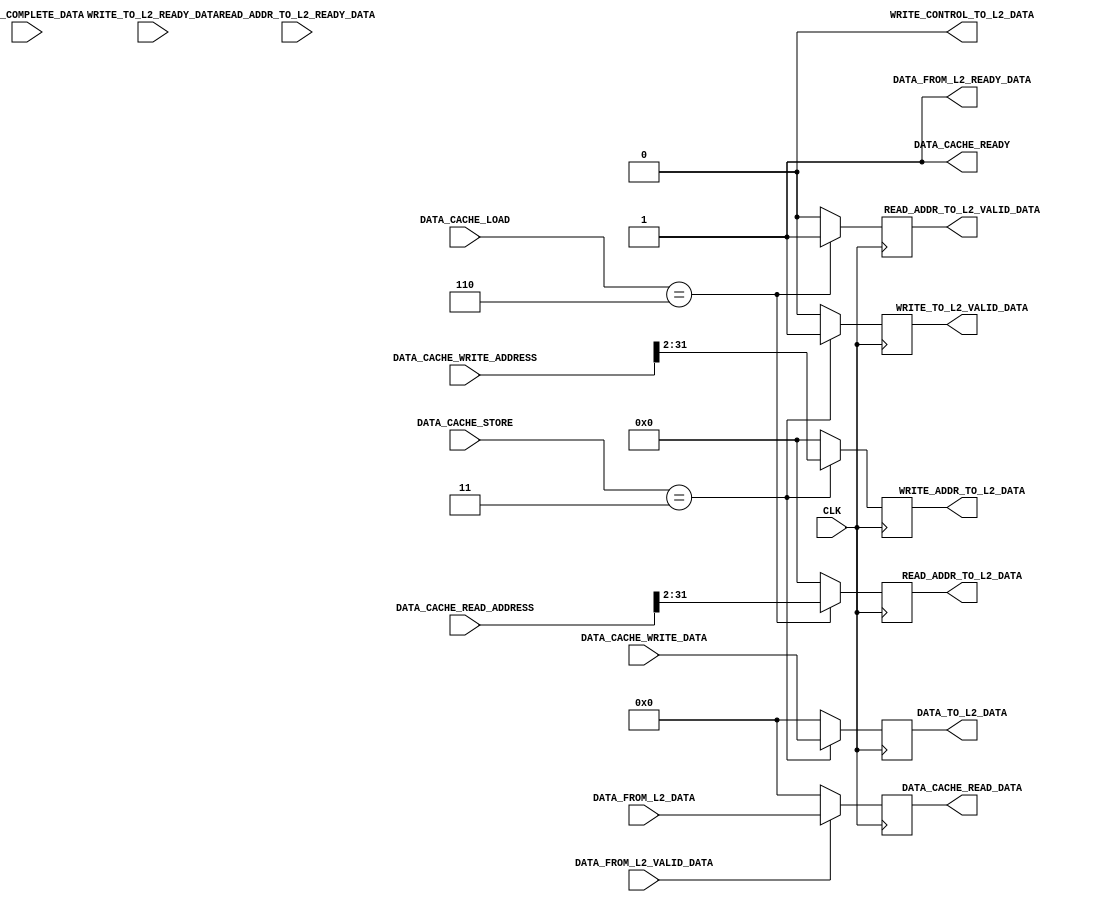
`timescale 1ns / 1ps
//////////////////////////////////////////////////////////////////////////////////
// Company: 
// 
// Design Name: 
// Module Name:     DATA_CACHE
// Project Name:    RISC-V
// Target Devices: 
// Tool Versions: 
// Description: 
// 
// Dependencies: 
// 
// Revision:
// Revision 0.01 - File Created
// Additional Comments:
// 
//////////////////////////////////////////////////////////////////////////////////


module DATA_CACHE #(
        parameter   ADDRESS_WIDTH           = 32        ,
        parameter   DATA_WIDTH              = 32        ,
        parameter   D_CACHE_LW_WIDTH        = 3         ,
        parameter   D_CACHE_SW_WIDTH        = 2         ,
        parameter   L2_BUS_WIDTH            = 32        ,       
        
        parameter DATA_CACHE_LOAD_NONE  = 3'b000        , 
        parameter DATA_CACHE_LOAD_B_S   = 3'b010        ,
        parameter DATA_CACHE_LOAD_B_U   = 3'b011        ,
        parameter DATA_CACHE_LOAD_H_S   = 3'b100        ,
        parameter DATA_CACHE_LOAD_H_U   = 3'b101        ,
        parameter DATA_CACHE_LOAD_W     = 3'b110        ,
        parameter DATA_CACHE_STORE_NONE = 2'b00         ,
        parameter DATA_CACHE_STORE_B    = 2'b01         ,
        parameter DATA_CACHE_STORE_H    = 2'b10         ,
        parameter DATA_CACHE_STORE_W    = 2'b11         ,
        
        parameter HIGH                  = 1'b1          ,
        parameter LOW                   = 1'b0
    ) (
        input                                   CLK                             ,
        input   [ADDRESS_WIDTH - 1      : 0]    DATA_CACHE_READ_ADDRESS         ,
        input   [D_CACHE_LW_WIDTH - 1   : 0]    DATA_CACHE_LOAD                 ,
        input   [ADDRESS_WIDTH - 1      : 0]    DATA_CACHE_WRITE_ADDRESS        ,
        input   [DATA_WIDTH - 1         : 0]    DATA_CACHE_WRITE_DATA           ,
        input   [D_CACHE_SW_WIDTH - 1   : 0]    DATA_CACHE_STORE                ,
        output                                  DATA_CACHE_READY                ,
        output  [DATA_WIDTH - 1         : 0]    DATA_CACHE_READ_DATA            ,
        
        // Write Data From L1 to L2 Cache
        input                                   WRITE_TO_L2_READY_DATA          ,
        output                                  WRITE_TO_L2_VALID_DATA          ,
        output  [ADDRESS_WIDTH - 2 - 1  : 0]    WRITE_ADDR_TO_L2_DATA           ,
        output  [L2_BUS_WIDTH   - 1     : 0]    DATA_TO_L2_DATA                 ,
        output                                  WRITE_CONTROL_TO_L2_DATA        ,
        input                                   WRITE_COMPLETE_DATA             ,
        
        // Read Data From L2 to L1 Cache
        input                                   READ_ADDR_TO_L2_READY_DATA      ,
        output                                  READ_ADDR_TO_L2_VALID_DATA      ,
        output  [ADDRESS_WIDTH - 2 - 1  : 0]    READ_ADDR_TO_L2_DATA            ,
        output                                  DATA_FROM_L2_READY_DATA         ,
        input                                   DATA_FROM_L2_VALID_DATA         ,
        input   [L2_BUS_WIDTH   - 1     : 0]    DATA_FROM_L2_DATA                  
    );
    
    //////////////////------ TEST CODE ------//////////////////
    
    reg                                     data_cache_ready_reg                ;
    reg                                     write_to_l2_valid_data_reg          ;
    reg     [ADDRESS_WIDTH - 2 - 1   : 0]   write_addr_to_l2_data_reg           ; 
    reg     [DATA_WIDTH - 1          : 0]   data_to_l2_data_reg                 ;
    reg                                     write_control_to_l2_data_reg        ;
    
    reg                                     read_addr_to_l2_valid_data_reg      ;
    reg     [ADDRESS_WIDTH - 2 - 1   : 0]   read_addr_to_l2_data_reg            ; 
    reg     [DATA_WIDTH - 1          : 0]   data_from_l2_data_reg               ;
    reg                                     data_from_l2_ready_data_reg         ;
    
    initial
    begin
        data_cache_ready_reg            = HIGH                                  ;
        write_to_l2_valid_data_reg      = LOW                                   ;
        write_addr_to_l2_data_reg       = 30'b0                                 ;
        data_to_l2_data_reg             = 32'b0                                 ;
        write_control_to_l2_data_reg    = LOW                                   ;
        read_addr_to_l2_valid_data_reg  = LOW                                   ;
        read_addr_to_l2_data_reg        = 30'b0                                 ;
        data_from_l2_data_reg           = 32'b0                                 ;
        data_from_l2_ready_data_reg     = HIGH                                  ;
    end                                  
    
    always@(posedge CLK)
    begin
        if(DATA_CACHE_STORE == DATA_CACHE_STORE_W)
        begin
            write_to_l2_valid_data_reg      <= HIGH                                                 ;
            write_addr_to_l2_data_reg       <= DATA_CACHE_WRITE_ADDRESS[ADDRESS_WIDTH - 1     : 2]  ;
            data_to_l2_data_reg             <= DATA_CACHE_WRITE_DATA                                ;
        end
        else
        begin
            write_to_l2_valid_data_reg      <= LOW                                                  ;
            write_addr_to_l2_data_reg       <= 30'b0                                                ;
            data_to_l2_data_reg             <= 32'b0                                                ;
        end
        
        if(DATA_CACHE_LOAD == DATA_CACHE_LOAD_W)
        begin
            read_addr_to_l2_valid_data_reg  <= HIGH                                                 ;
            read_addr_to_l2_data_reg        <= DATA_CACHE_READ_ADDRESS[ADDRESS_WIDTH - 1      : 2]  ;             
        end
        else
        begin
            read_addr_to_l2_valid_data_reg  <= LOW                                                  ;
            read_addr_to_l2_data_reg        <= 30'b0                                                ;
        end
        
        if(DATA_FROM_L2_VALID_DATA == HIGH)
        begin
            data_from_l2_data_reg           <= DATA_FROM_L2_DATA                                    ;
        end
        else
        begin
            data_from_l2_data_reg           <= 32'b0                                                ;
        end
    end
    
    //////////////////------ TEST CODE ------//////////////////
    
    assign  DATA_CACHE_READY            = data_cache_ready_reg                                      ;
    assign  WRITE_TO_L2_VALID_DATA      = write_to_l2_valid_data_reg                                ;
    assign  WRITE_ADDR_TO_L2_DATA       = write_addr_to_l2_data_reg                                 ;
    assign  DATA_TO_L2_DATA             = data_to_l2_data_reg                                       ;
    assign  WRITE_CONTROL_TO_L2_DATA    = write_control_to_l2_data_reg                              ;
    assign  READ_ADDR_TO_L2_VALID_DATA  = read_addr_to_l2_valid_data_reg                            ;
    assign  READ_ADDR_TO_L2_DATA        = read_addr_to_l2_data_reg                                  ;
    assign  DATA_CACHE_READ_DATA        = data_from_l2_data_reg                                     ;
    assign  DATA_FROM_L2_READY_DATA     = data_from_l2_ready_data_reg                               ;
    
endmodule